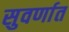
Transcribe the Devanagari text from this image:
सुवर्णात